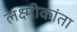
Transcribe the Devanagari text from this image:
लक्ष्मीकांता